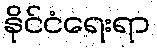
နိုင်ငံရေးရာ